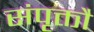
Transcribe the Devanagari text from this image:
संपृक्तौ